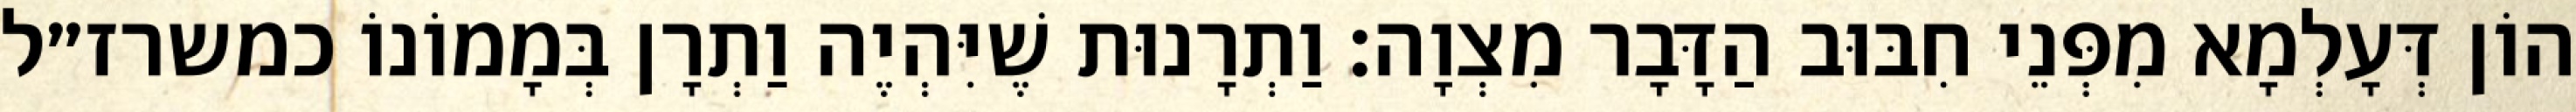
הוֹן דְּעָלְמָא מִפְּנֵי חִבּוּב הַדָּבָר מִצְוָה: וַתְרָנוּת שֶׁיִּהְיֶה וַתְרָן בְּמָמוֹנוֹ כמשרז״ל